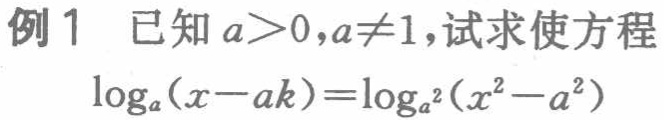
例1 已知 \(a > 0,a\neq1\)，试求使方程

\(\log_{a}(x - ak)=\log_{a^{2}}(x^{2}-a^{2})\)